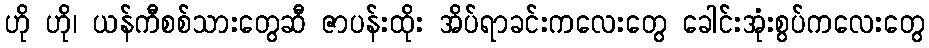
ဟို ဟို၊ ယန်ကီစစ်သားတွေဆီ ဇာပန်းထိုး အိပ်ရာခင်းကလေးတွေ ခေါင်းအုံးစွပ်ကလေးတွေ